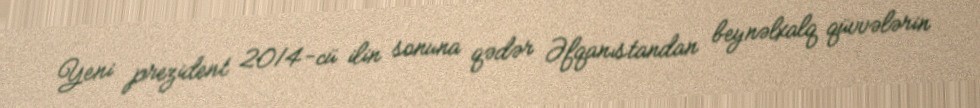
Yeni prezident 2014-cü ilin sonuna qədər Əfqanıstandan beynəlxalq qüvvələrin